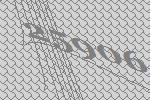
25906